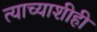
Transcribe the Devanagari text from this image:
त्याच्याशीही